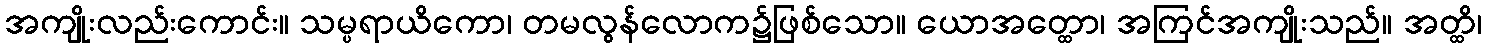
အကျိုးလည်းကောင်း။ သမ္ပရာယိကော၊ တမလွန်လောက၌ဖြစ်သော။ ယောအတ္ထော၊ အကြင်အကျိုးသည်။ အတ္ထိ၊